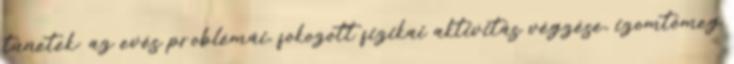
tünetek: az evés problémái, fokozott fizikai aktivitás végzése, izomtömeg